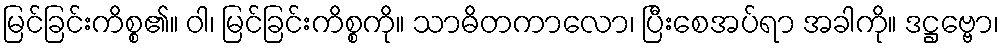
မြင်ခြင်းကိစ္စ၏။ ဝါ၊ မြင်ခြင်းကိစ္စကို။ သာဓိတကာလော၊ ပြီးစေအပ်ရာ အခါကို။ ဒဋ္ဌဗ္ဗော၊